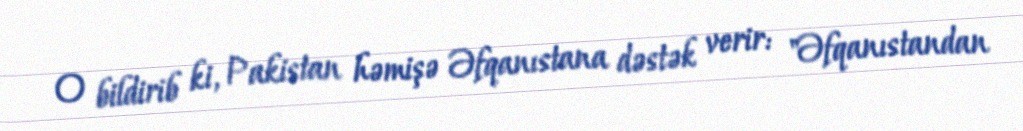
O bildirib ki, Pakistan həmişə Əfqanıstana dəstək verir: "Əfqanıstandan